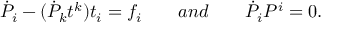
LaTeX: { \dot { P } } _ { i } - ( { \dot { P } } _ { k } t ^ { k } ) t _ { i } = f _ { i } \qquad a n d \qquad { \dot { P } } _ { i } { P } ^ { i } = 0 .